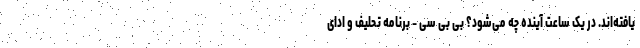
یافته‌اند. در یک ساعت آینده چه می‌شود؟ بی بی سی - برنامه تحلیف و ادای